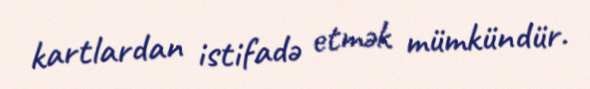
kartlardan istifadə etmək mümkündür.